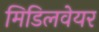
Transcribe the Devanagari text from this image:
मिडिलवेयर